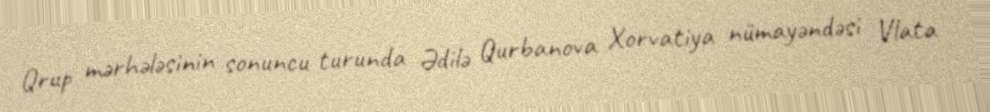
Qrup mərhələsinin sonuncu turunda Ədilə Qurbanova Xorvatiya nümayəndəsi Vlata